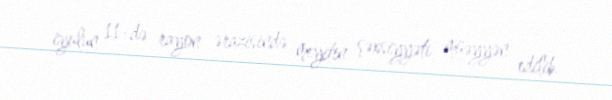
iyulun 11-də rayon ərazisində meyitin şəxsiyyəti müəyyən edilib.